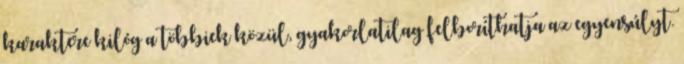
karaktere kilóg a többiek közül, gyakorlatilag felboríthatja az egyensúlyt.